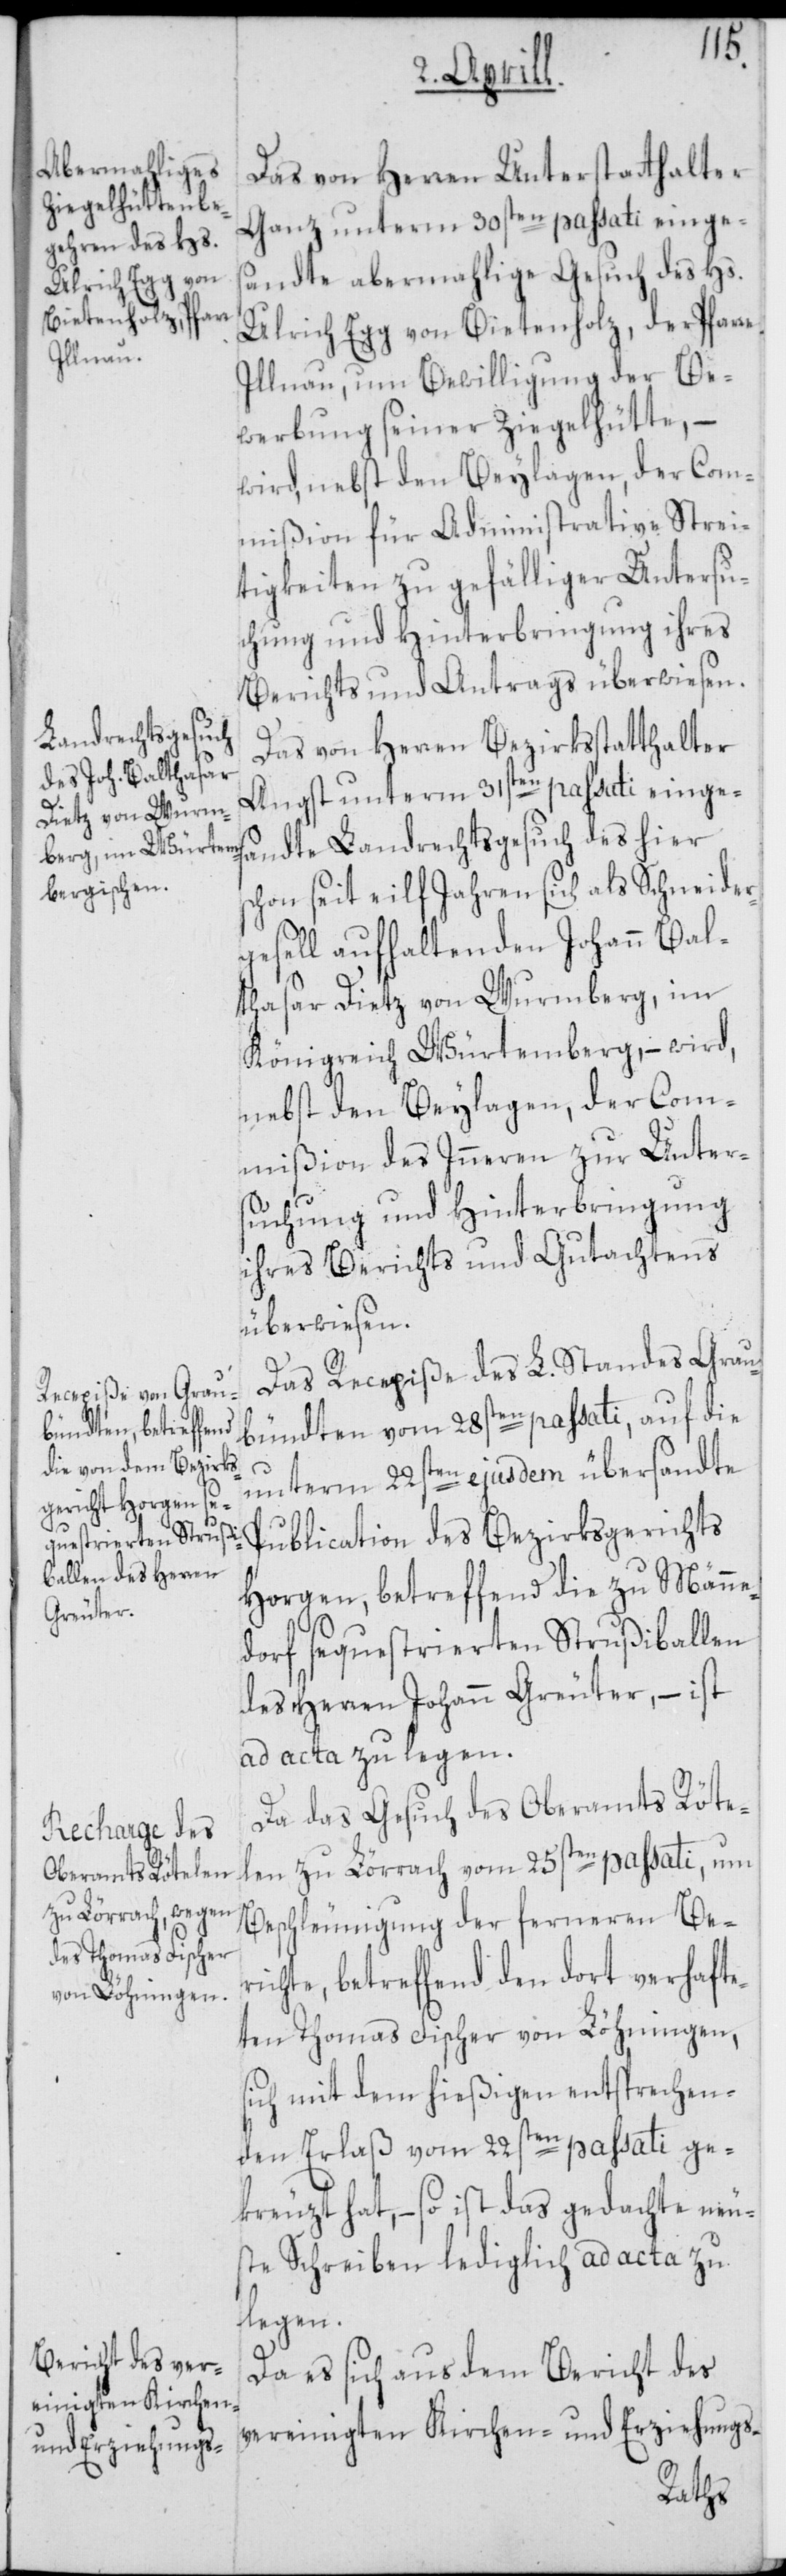
Das von Herren Unterstatthalter
Ganz unterm 30sten passati einge¬
sandte abermahlige Gesuch des Hs.
Ulrich Egg von Bietenholz, der Pfarre
Illnau, um Bewilligung der Be¬
werbung seiner Ziegelhütte, –
wird, nebst den Beylagen, der Com¬
mißion für Administrative Strei¬
tigkeiten zu gefälliger Untersu¬
chung und Hinterbringung ihres
Berichts und Antrags überwiesen.
Das von Herren Bezirksstatthalter
Angst unterm 31sten passati einges¬
andte Landrechtsgesuch des hier
schon seit eilf Jahren sich als Schneider¬
gesell aufhaltenden Johann Bal¬
thasar Dietz von Wurmberg, im
Königreich Würtemberg, – wird,
nebst den Beylagen, der Com¬
mißion des Inneren zur Unter¬
suchung und Hinterbringung
ihres Berichts und Gutachtens
überwiesen.
Das Recepiße des L. Standes Grau¬
bündten vom 28sten passati, auf die
unterm 22sten ejusdem übersandte
Publication des Bezirksgerichts
Horgen, betreffend die zu Männe¬
dorf sequestrierten Strußiballen
des Herren Johann Greuter, – ist
ad acta zu legen.
Da das Gesuch des Oberamts Röte¬
len zu Lörrach vom 25sten passati, um
Beschleunigung der ferneren Be¬
richte, betreffend den dort verhafte¬
ten Thomas Fischer von Löhningen,
sich mit dem hießigen entsprechen¬
den Erlaß vom 22sten passati ge¬
kreuzt hat, – so ist das gedachte neu¬
ste Schreiben lediglich ad acta zu
legen.
Da es sich aus dem Bericht des
vereinigten Kirchen- und Erziehungs-